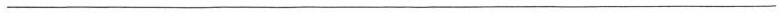
___